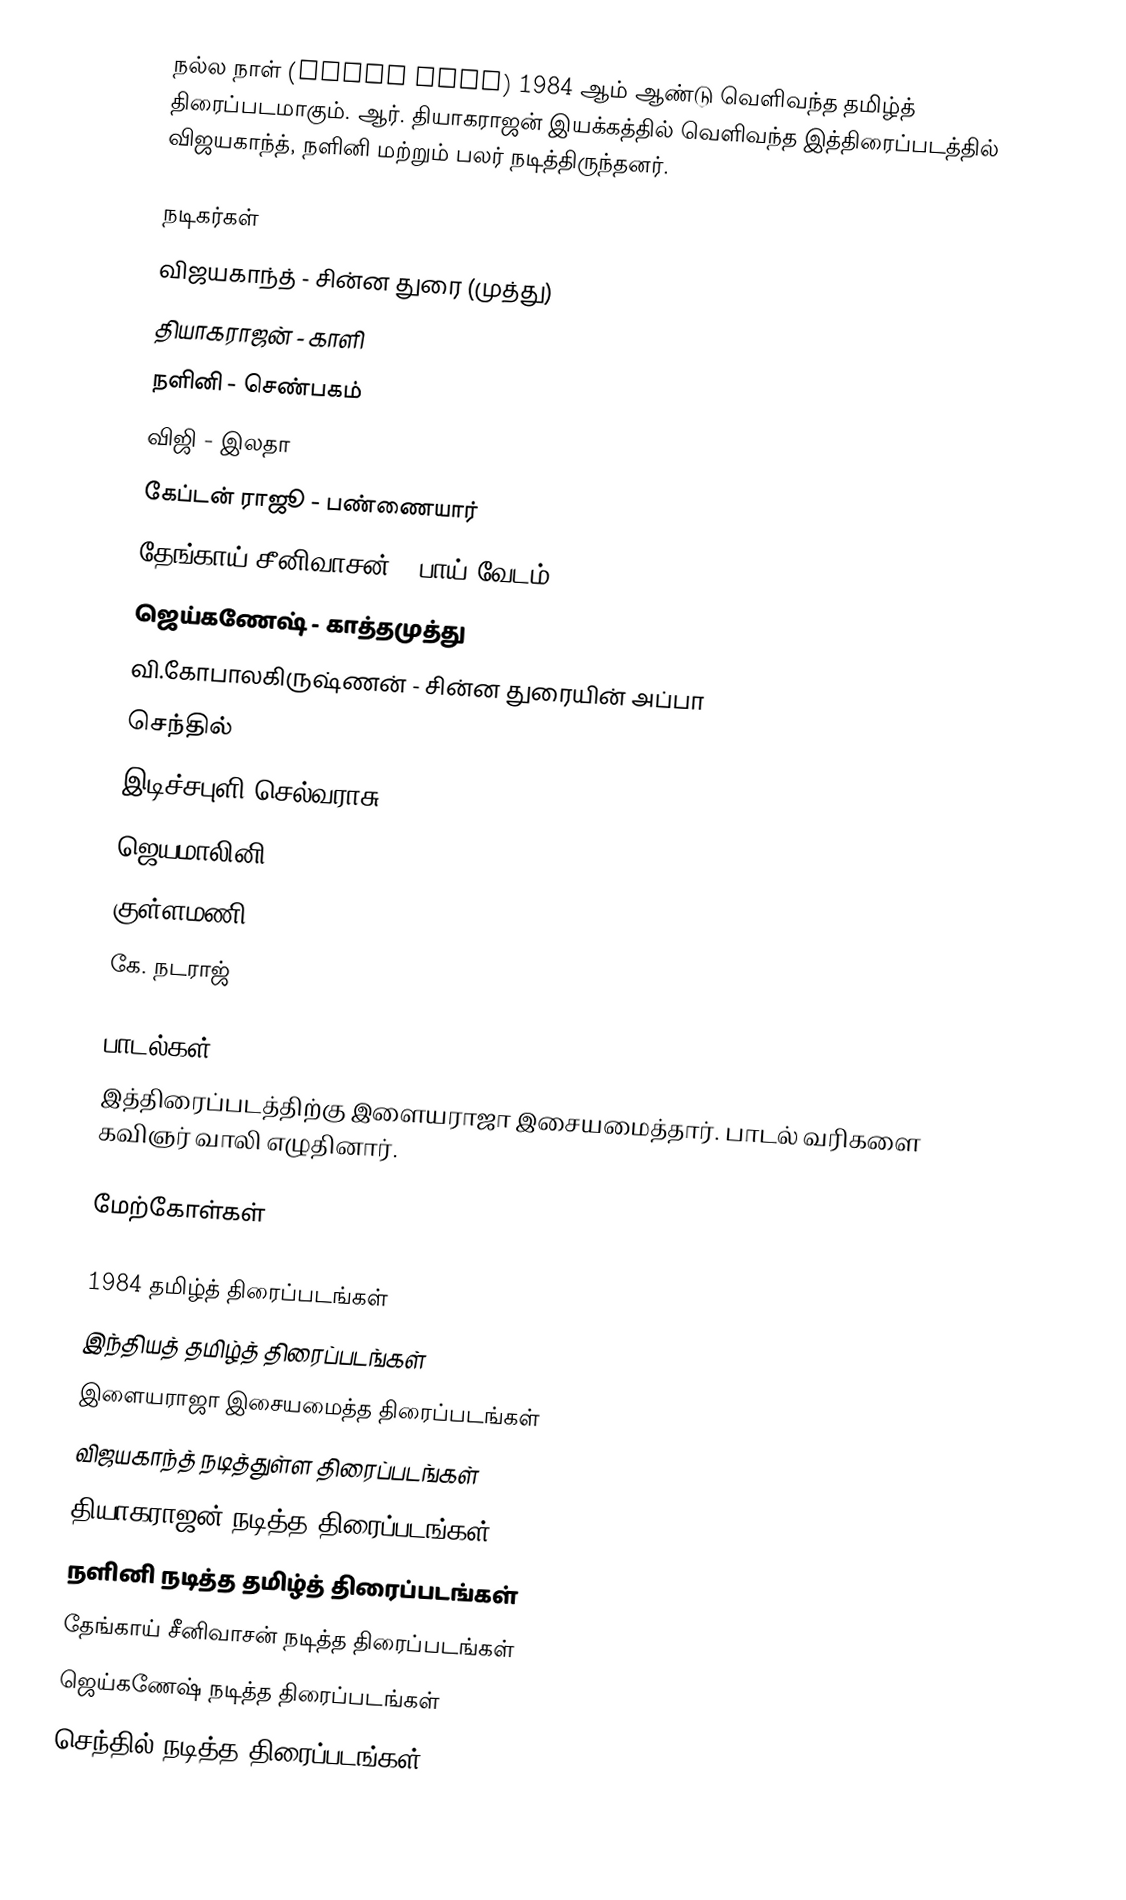
நல்ல நாள் (Nalla Naal) 1984 ஆம் ஆண்டு வெளிவந்த தமிழ்த் திரைப்படமாகும். ஆர். தியாகராஜன் இயக்கத்தில் வெளிவந்த இத்திரைப்படத்தில் விஜயகாந்த், நளினி மற்றும் பலர் நடித்திருந்தனர்.

நடிகர்கள்
 விஜயகாந்த் - சின்ன துரை (முத்து)
 தியாகராஜன் - காளி
 நளினி - செண்பகம்
 விஜி - இலதா
 கேப்டன் ராஜூ - பண்ணையார்
 தேங்காய் சீனிவாசன் - பாய் வேடம்
 ஜெய்கணேஷ் - காத்தமுத்து
 வி.கோபாலகிருஷ்ணன் - சின்ன துரையின் அப்பா
 செந்தில்
 இடிச்சபுளி செல்வராசு
 ஜெயமாலினி
 குள்ளமணி
 கே. நடராஜ்

பாடல்கள்
இத்திரைப்படத்திற்கு இளையராஜா இசையமைத்தார். பாடல் வரிகளை கவிஞர் வாலி எழுதினார்.

மேற்கோள்கள்

1984 தமிழ்த் திரைப்படங்கள்
இந்தியத் தமிழ்த் திரைப்படங்கள்
இளையராஜா இசையமைத்த திரைப்படங்கள்
விஜயகாந்த் நடித்துள்ள திரைப்படங்கள்
தியாகராஜன் நடித்த திரைப்படங்கள்
நளினி நடித்த தமிழ்த் திரைப்படங்கள்
தேங்காய் சீனிவாசன் நடித்த திரைப்படங்கள்
ஜெய்கணேஷ் நடித்த திரைப்படங்கள்
செந்தில் நடித்த திரைப்படங்கள்